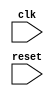
module behavior_module (
    input wire clk,
    input wire reset,
    // other input/output ports
);

// define internal signals and reg
reg reset_ff;

// Flip-flop for reset signal
always @(posedge clk) begin
    reset_ff <= reset;
end

// Behavioral modeling block triggered on falling edge of reset signal
always @(negedge reset_ff) begin
    // Perform specified actions or operations here
end

endmodule